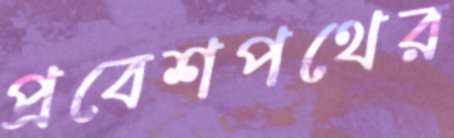
প্রবেশপথের